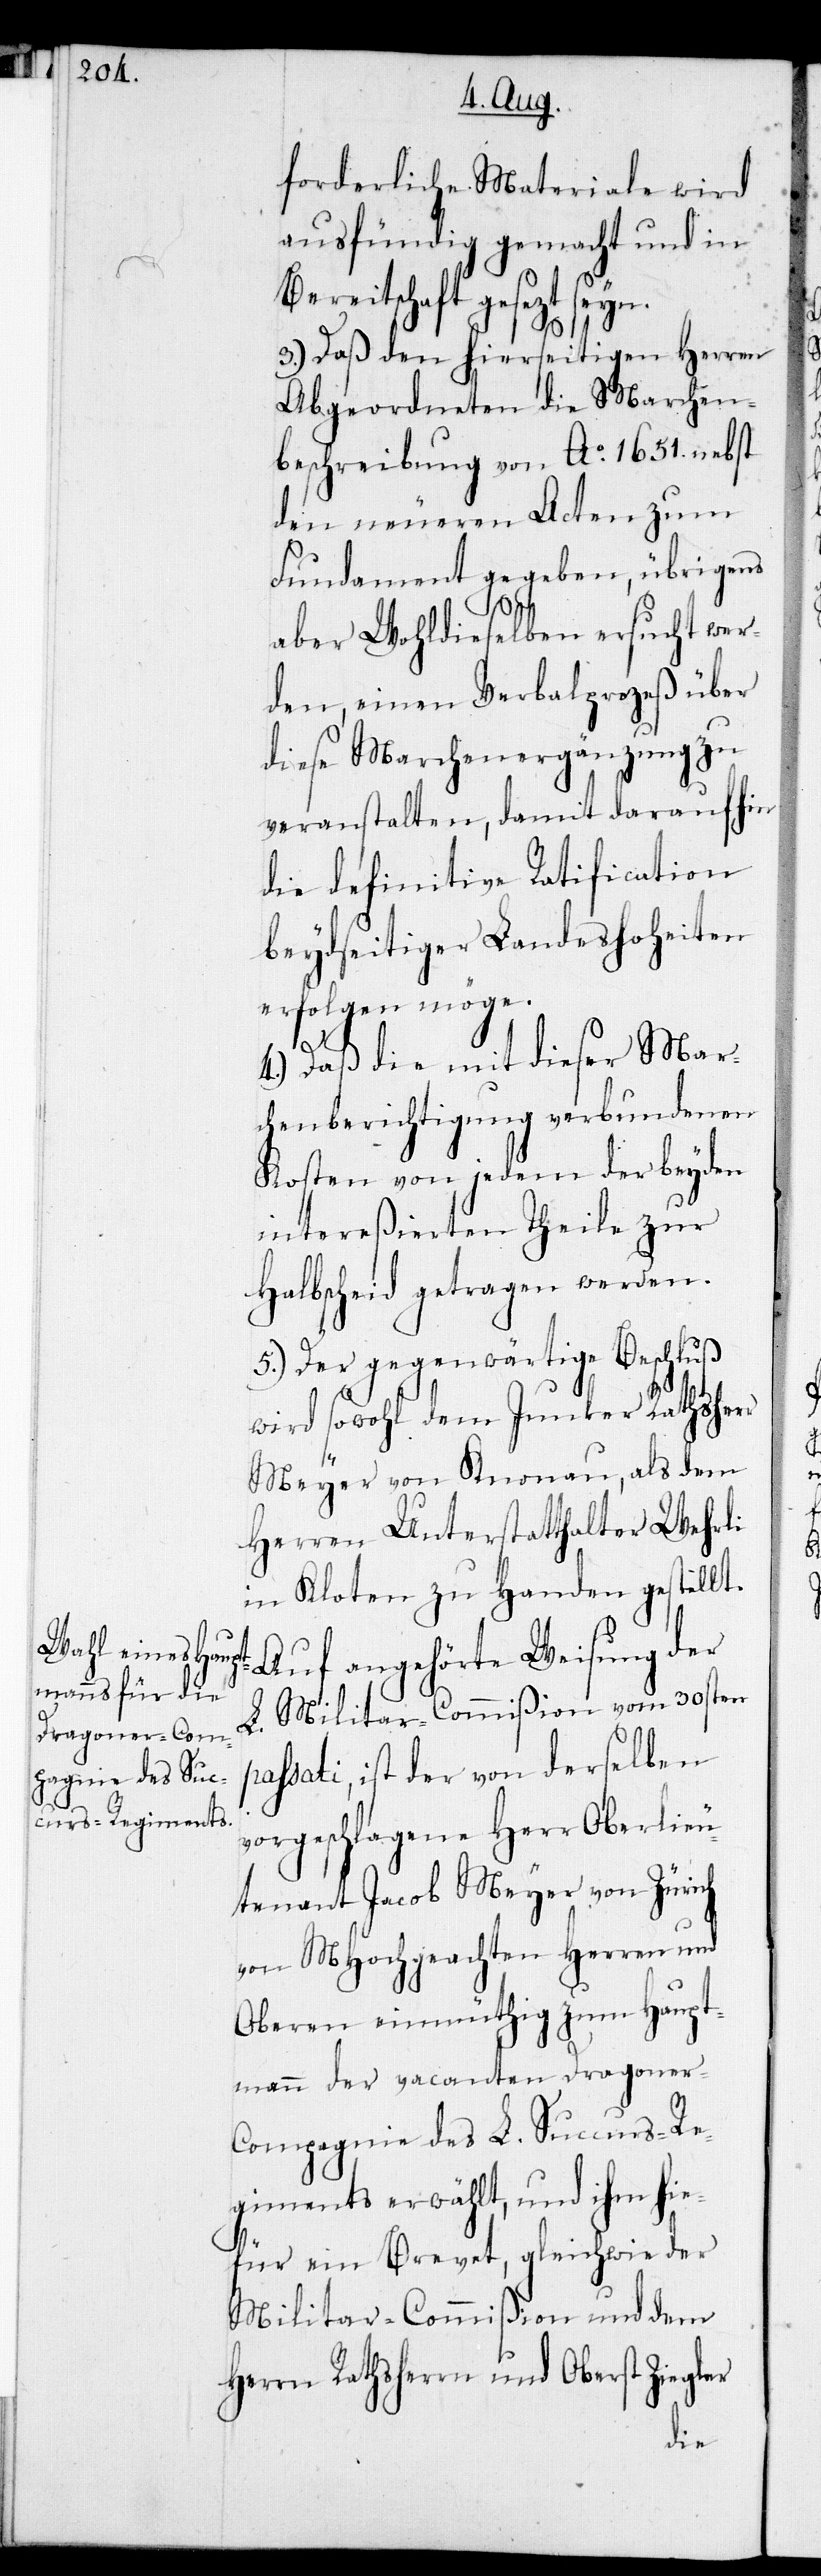
forderliche Materiale wird
ausfündig gemacht und in
Bereitschaft gesezt seyn.
3.) Daß den hierseitigen Herren
Abgeordneten die Marchen¬
beschreibung von Ao 1651. nebst
den neuen Acten zum
Fundament gegeben, übrigens
p¬
aber Wohldieselben ersucht wer¬
den, einen Verbalprozeß über
diese Marchenergänzung zu
veranstalten, damit daraufhin
die definitive Ratification
beydseitiger Landeshoheiten
erfolgen möge.
4.) Daß die mit dieser Mar¬
chenberichtigung verbundenen
Kosten von jedem der beyden
intereßierten Theile zur
Halbscheid getragen werden.
5.) Der gegenwärtige Beschluß
wird sowohl dem Junker Rathsherr
Meyer von Knonau, als dem
Herren Unterstatthalter Wehrli
in Kloten zu Handen gestellt.
Auf angehörte Weisung der
L. Militar-Commißion vom 30sten
assati, ist der von derselben
vorgeschlagene Herr Oberlieu¬
tenant Jacob Meyer von Zürich
von MHochgeachten Herren und
Oberen einmüthig zum Haupt¬
mann der vacanten Dragoner-C¬
ompagnie des L. Succurs-Re¬
giments erwählt, und ihm hie¬
für ein Brevet, gleichwie der
Militar-Commißion und dem
Herrn Rathsherrn und Oberst Ziegler